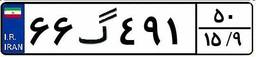
۲۵گ۷۶۹۱۹